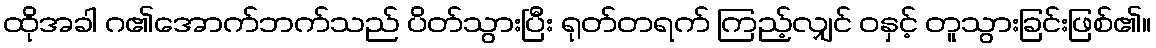
ထိုအခါ ဂ၏အောက်ဘက်သည် ပိတ်သွားပြီး ရုတ်တရက် ကြည့်လျှင် ဝနှင့် တူသွားခြင်းဖြစ်၏။